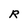
Character: R